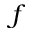
f